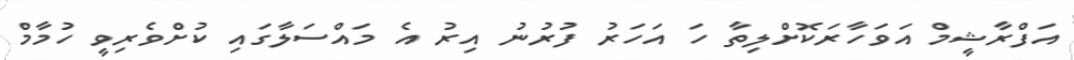
އަފްރާޝީމް އަވަހާރަކޮށްލިތާ ހަ އަހަރު ފުރުނު އިރު އެ މައްސަލާގައި ކުށްވެރިވީ ހުމާމް